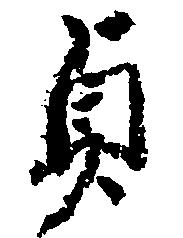
貞